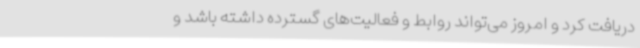
دریافت کرد و امروز می‌تواند روابط و فعالیت‌های گسترده داشته باشد و